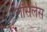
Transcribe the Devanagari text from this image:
लॉसलेस